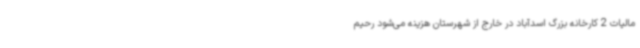
مالیات 2 کارخانه بزرگ اسدآباد در خارج از شهرستان هزینه می‌شود رحیم